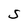
Character: S